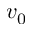
v _ { 0 }